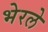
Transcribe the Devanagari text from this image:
भेरले